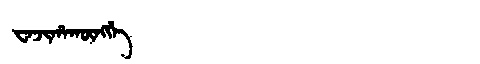
Manchu: ᠸᠠᠵᡳᡥᠠᡴᡡᠩᡤᡝ
Romanization: WAJIHAKŪNGGE